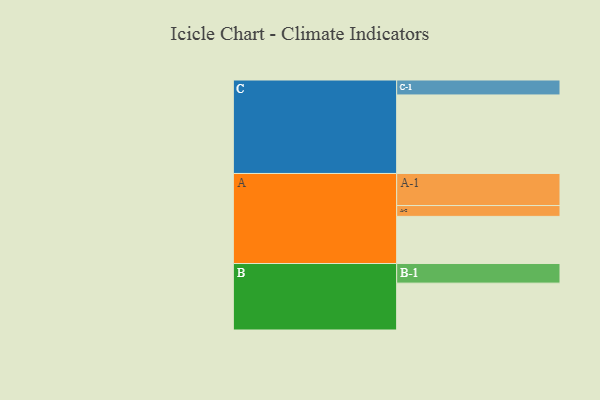
{"axis": {"x": "Segment", "y": "Value"}, "legend": ["", "A", "B", "C"], "data": [{"x": "A", "y": 344, "type": ""}, {"x": "B", "y": 342, "type": ""}, {"x": "C", "y": 573, "type": ""}, {"x": "A-1", "y": 234, "type": "A"}, {"x": "A-2", "y": 79, "type": "A"}, {"x": "B-1", "y": 143, "type": "B"}, {"x": "C-1", "y": 109, "type": "C"}]}